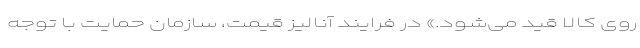
روی کالا قید می‌شود.» در فرایند آنالیز قیمت، سازمان حمایت با توجه